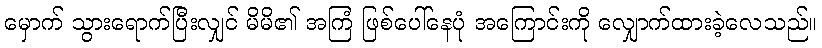
မှောက် သွားရောက်ပြီးလျှင် မိမိ၏ အကြံ ဖြစ်ပေါ်နေပုံ အကြောင်းကို လျှောက်ထားခဲ့လေသည်။